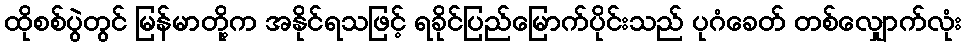
ထိုစစ်ပွဲတွင် မြန်မာတို့က အနိုင်ရသဖြင့် ရခိုင်ပြည်မြောက်ပိုင်းသည် ပုဂံခေတ် တစ်လျှောက်လုံး